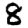
Digit: 8